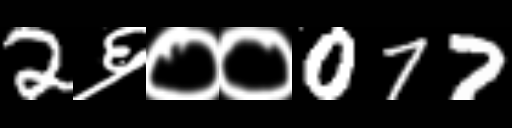
Text: 2६००077